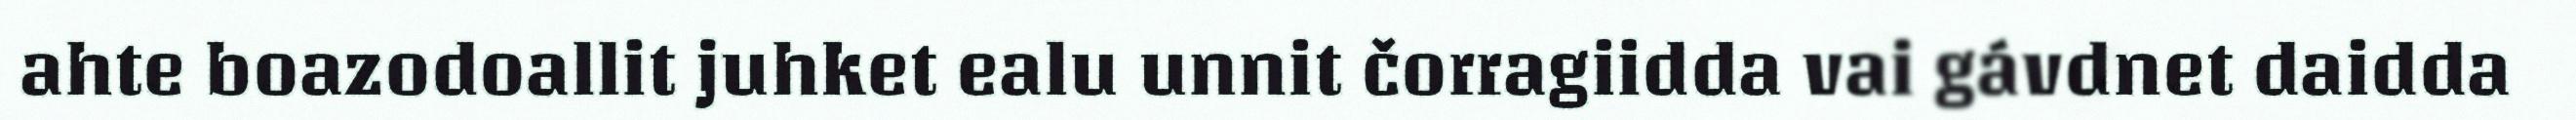
ahte boazodoallit juhket ealu unnit čorragiidda vai gávdnet daidda